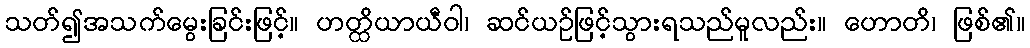
သတ်၍အသက်မွေးခြင်းဖြင့်။ ဟတ္ထိယာယီဝါ၊ ဆင်ယဉ်ဖြင့်သွားရသည်မူလည်း။ ဟောတိ၊ ဖြစ်၏။